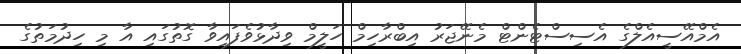
އެމްއޭސީއެލްގެ އެސިސްޓެންޓް މެނޭޖަރު އިބްރާހިމް ހަލީމް ވިދާޅުވެފައިވާ ގޮތުގައި އާ މި ހިދުމަތުގެ